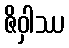
ဇိဝှါဿ